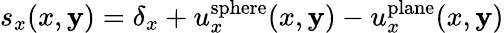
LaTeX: s_{x}(x,\mathbf{y})=\delta_{x}+u_{x}^{\mathrm{{sphere}}}(x,\mathbf{y})-u_{x}^{\mathrm{{plane}}}(x,\mathbf{y})